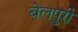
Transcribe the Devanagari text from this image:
बेलपुरी